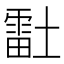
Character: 𰊴